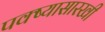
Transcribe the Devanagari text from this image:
पक्ष्यासारखी